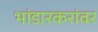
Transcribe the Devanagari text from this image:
भांडारकरांवर